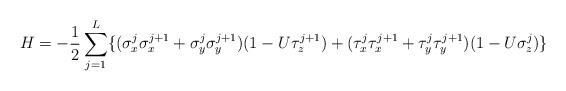
LaTeX: \begin{align*}H= - \frac{1}{2} \sum_{j=1}^{L} \{ ( \sigma_{x}^{j}\sigma_{x}^{j+1} + \sigma_{y}^{j} \sigma_{y}^{j+1} )(1-U \tau_{z}^{j+1}) + ( \tau_{x}^{j} \tau_{x}^{j+1} +\tau_{y}^{j} \tau_{y}^{j+1} ) (1- U \sigma_{z}^{j}) \}\end{align*}